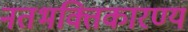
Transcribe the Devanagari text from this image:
नतभक्तिकारण्य